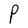
Character: P